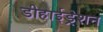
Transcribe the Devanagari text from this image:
डीहाईड्रेशन